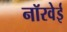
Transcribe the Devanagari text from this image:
नॉरवेई